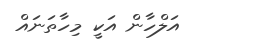
އަލްހާން އަކީ މިހާތަނައް